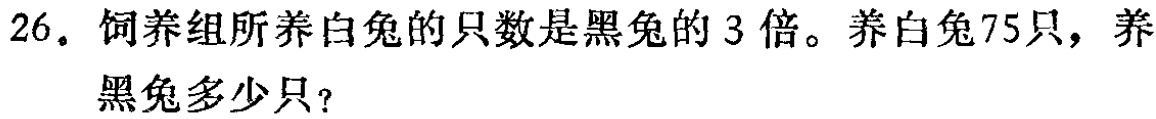
26. 饲养组所养白兔的只数是黑兔的 3 倍。养白兔75只，养黑兔多少只？